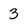
Character: 3